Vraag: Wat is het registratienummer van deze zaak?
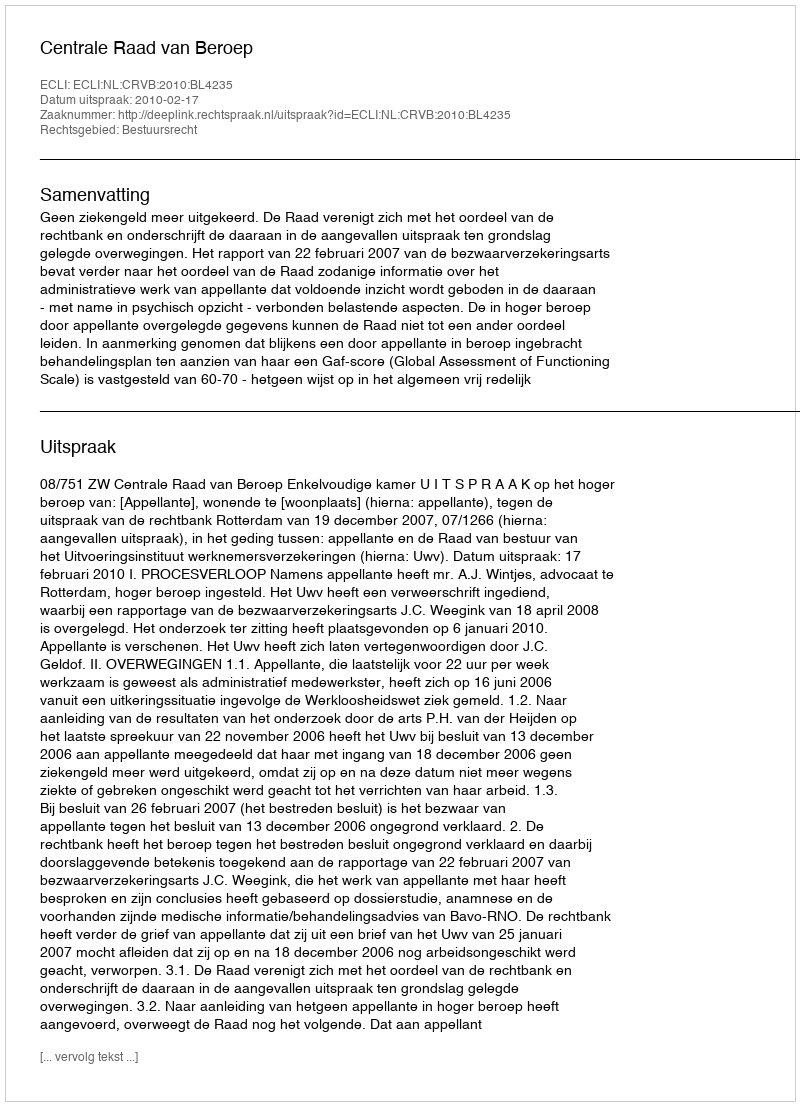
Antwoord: http://deeplink.rechtspraak.nl/uitspraak?id=ECLI:NL:CRVB:2010:BL4235